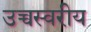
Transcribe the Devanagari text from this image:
उच्चस्वरीय